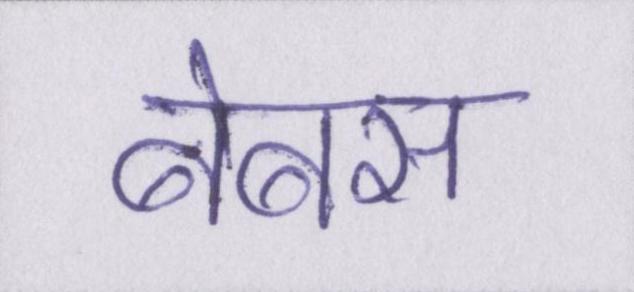
बेबस